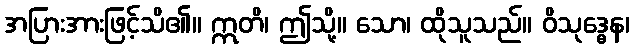
အပြားအားဖြင့်သိ၏။ ဣတိ၊ ဤသို့။ သော၊ ထိုသူသည်။ ဝိသုဒ္ဓေန၊